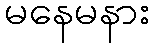
မနေမနား